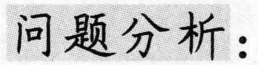
问题分析：